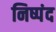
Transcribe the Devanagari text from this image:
निष्पंद